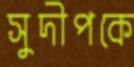
সুদীপকে